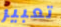
تعبير